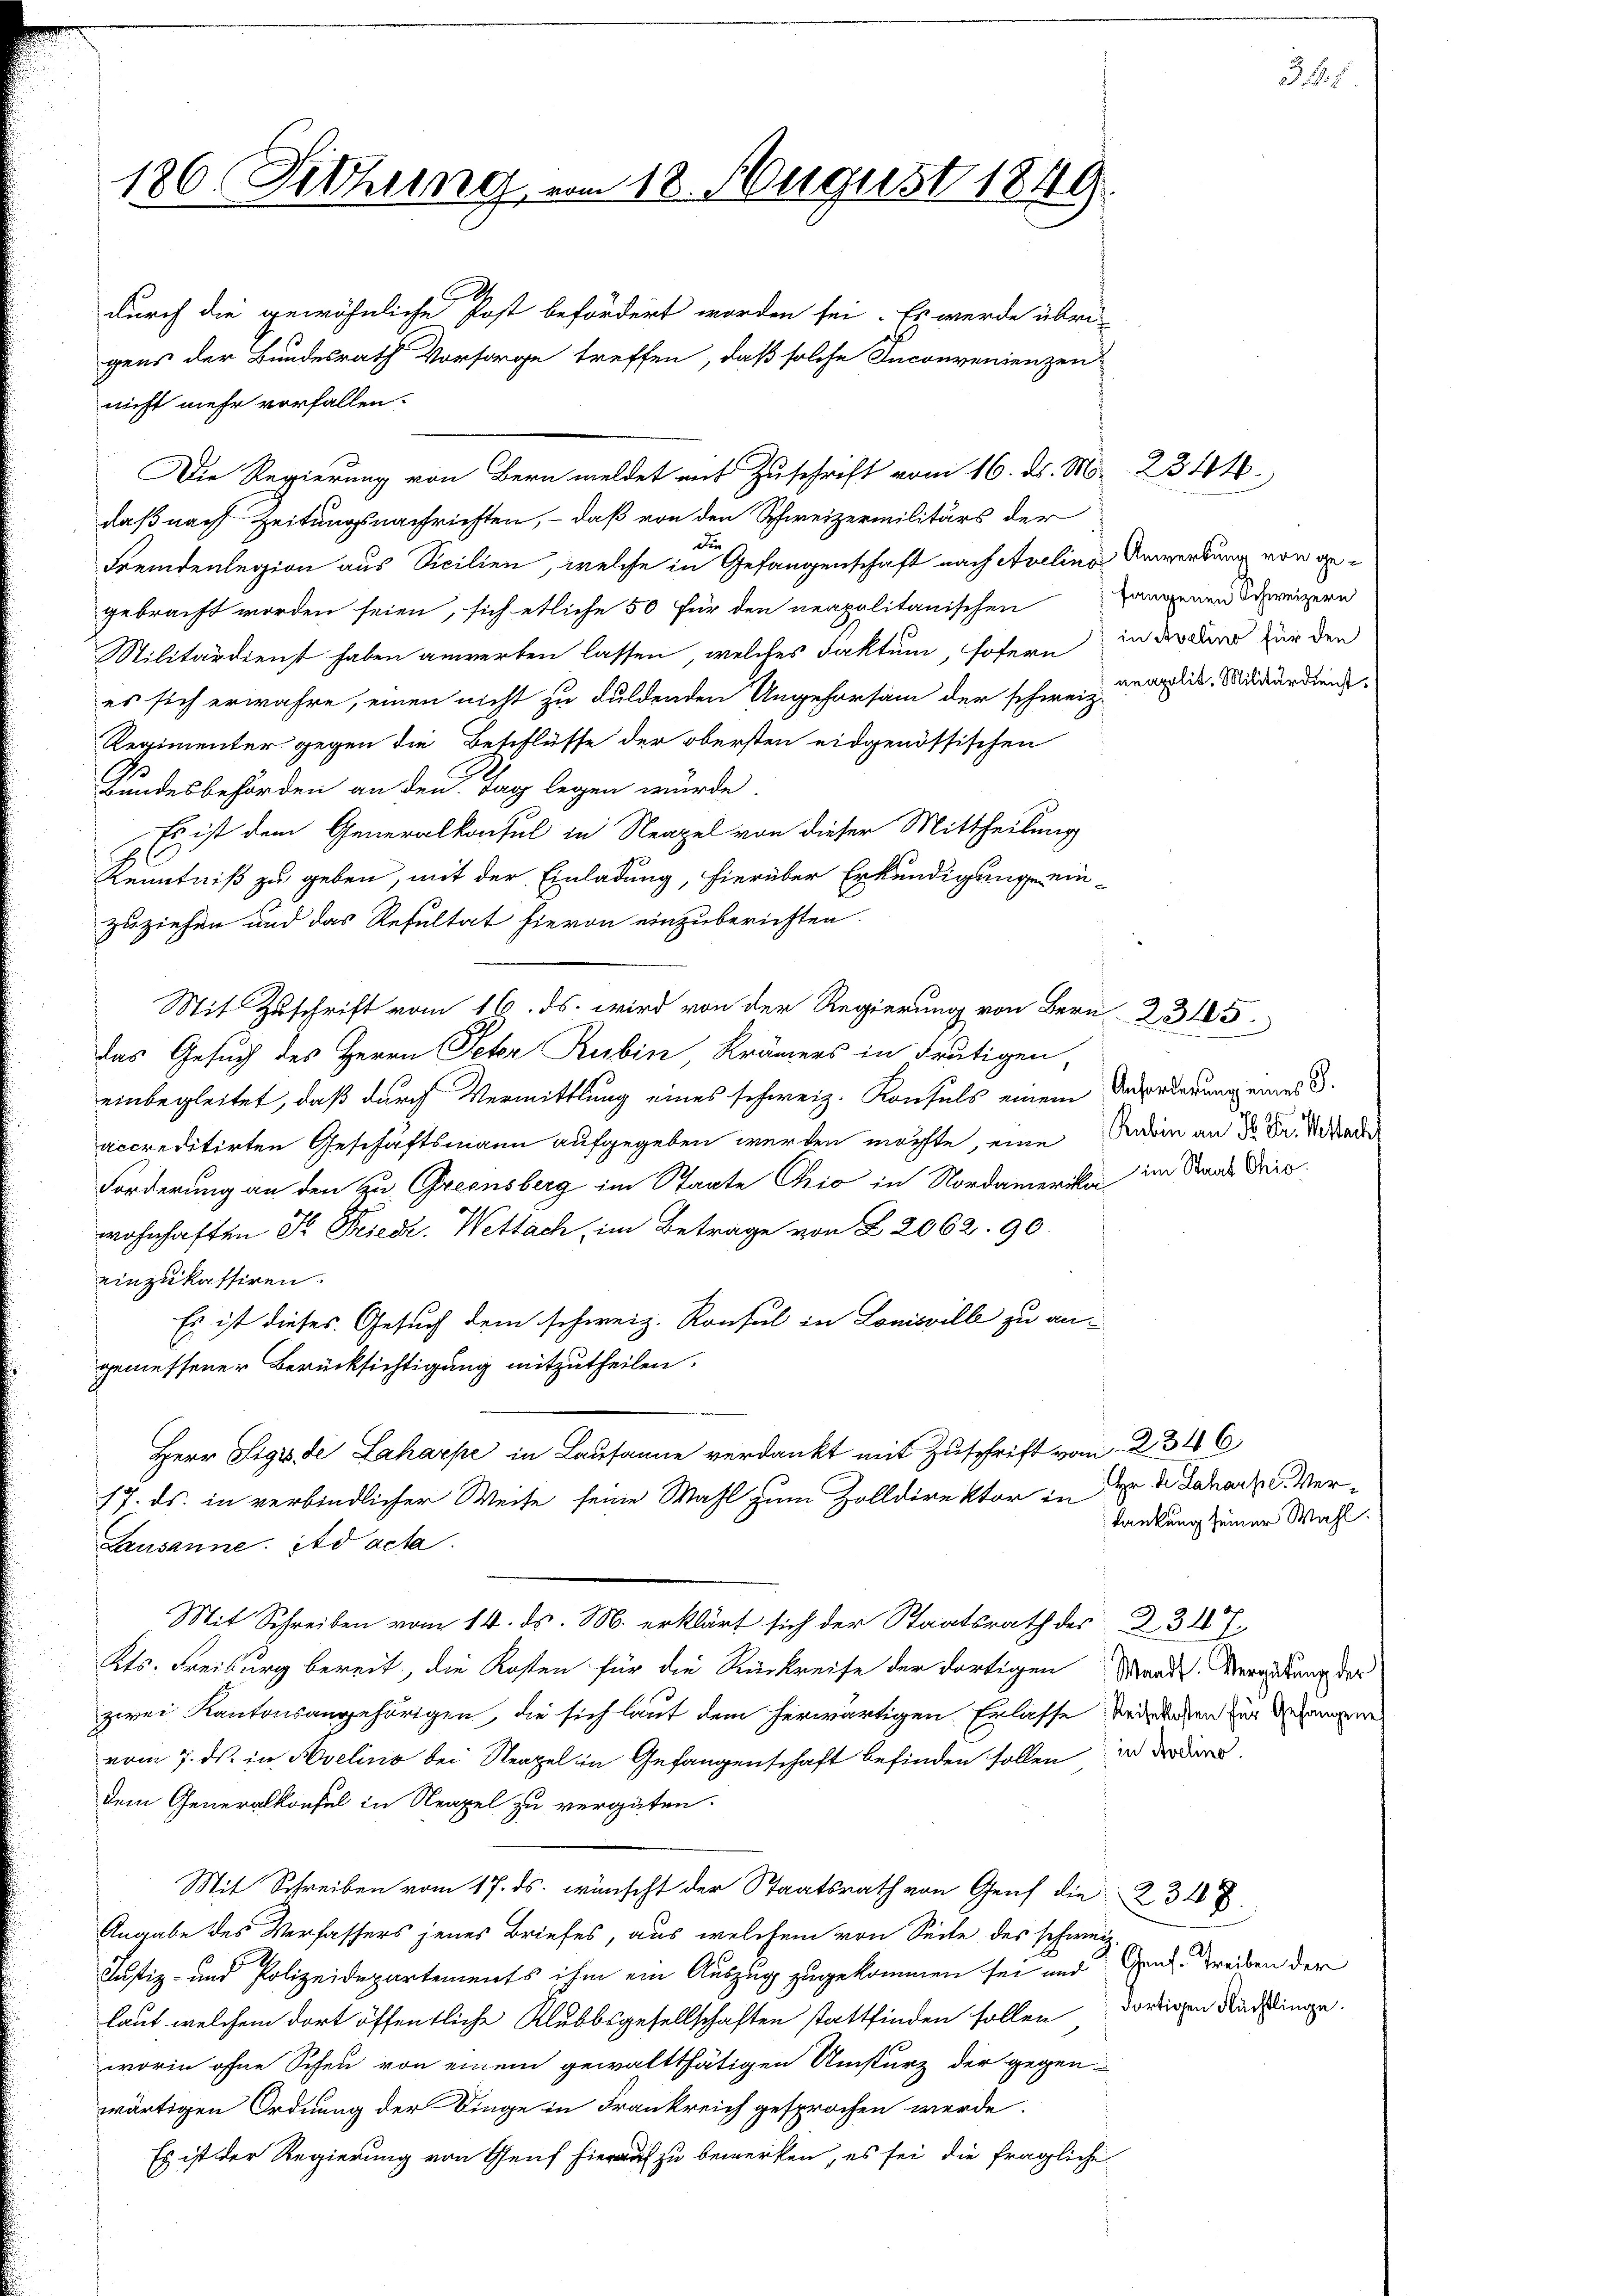
186 (Fethung vom 18. August 1849.
durch die gewöhnliche Post befördert worden sei. Es werde über
gens der Bundesrath Vorsorge treffen, daß solche Inconvenienzen

nicht mehr vorfallen.
Die Regierung von Bern meldet mit Zuschrift vom 16. ds. M. 2344.
daß nach Zeitungsnachrichten, – daß von den Schweizermilitärs der
dir
Fremdenlegion aus Sicilien, welche in Gefangenschaft nach Aveline Anwerkung von gegebracht worden seien, sich etliche 50 für den neapolitanischen angenen Schweizern
Militärdienst haben anwerken lassen, welches Faktum, sofern in der der für den
es sich erwahre, einen nicht zu duldenden Ungehorsam der schweiz.
Regimenter gegen die Beschlüsse der obersten eidgenössischen
Bundesbehörden an den Tag legen würde.
Es ist dem Generalkonsul in Neapel von dieser Mittheilung
Kenntniß zu geben, mit der Einladung, hierüber Erkundigunge einzuziehen und das Resultat hievon einzuberichten.
Mit Zuschrift vom 16. ds. wird von der Regierung von Bern 2315
das Gesuch des Herrn Peter Rubin Krämers in deutigen
einbegleitet, daß durch Vermittlung eines schweiz. Konsuls einem Anrederung einer 3.
rccreditirten Geschäftsmann aufgegeben werden möchte, eine Andrin an Sr. Dr. Ma
Forderung an den zu Greensberg im Staate Chio in Nordameriken im Staats dreis
wohnhaften Dr. Friedi. Wettach, im Betrage von § 2062. 90.
einzukassiren.
Es ist dieses Gesuch dem schweiz. Konsul in Louisville zu an-
eemessener Berücksichtigung mitzutheilen.
Herr Sigiste Lahaepe in Lausanne verdankt mit Zuschrift vom 2346
17. ds. in verbindlicher Weise seine Wahl zum Zolldirektor in der de Jaharz d. Verkankung seiner Wahl.
Lausanne itd acta.
Mit Schreiben vom 14. ds. M. erklärt sich der Staatsrath des 231 f.
Kts. Freiburg bereit, die Kosten für die Rückreise der dortigen Waadt, Vergebung der
zwei Kantonsangehörigen, die sich laut dem herwärtigen Erlasse berechen zur Miene
vom 7. ds. in Avelins bei Neapel in Gefangenschaft befinden sollen, in der dardem Generalkonsul in Neapel zu vergüten.
Mit Schreiben vom 17. ds. wünscht der Staatsrath von Genf die 234 f.
Angabe des Verfassers jenes Briefes, aus welchem von Seite des schweiz.
Justiz- und Polizeidepartements ihm ein Auszug zugekommen sei und Gent. Treiben der
laut welchem dort öffentliche Klubbsgesellschaften stattfinden sollen, dortigen Nachdringe.
worin ohne Scheu von einem gewaltthätigen Umsturz der gegen-
wärtigen Ordnung der Dinge in Frankreich gesprochen werde.
Es ist der Regierung von Genf hierauf zu bemerken, es sei die fragliche

neapolit. Militärdienst.

4